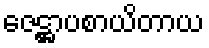
ဇေဋ္ဌာပစာယိတာယ